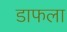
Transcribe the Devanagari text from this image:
डाफला